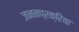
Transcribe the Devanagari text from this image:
जननप्रक्रिया